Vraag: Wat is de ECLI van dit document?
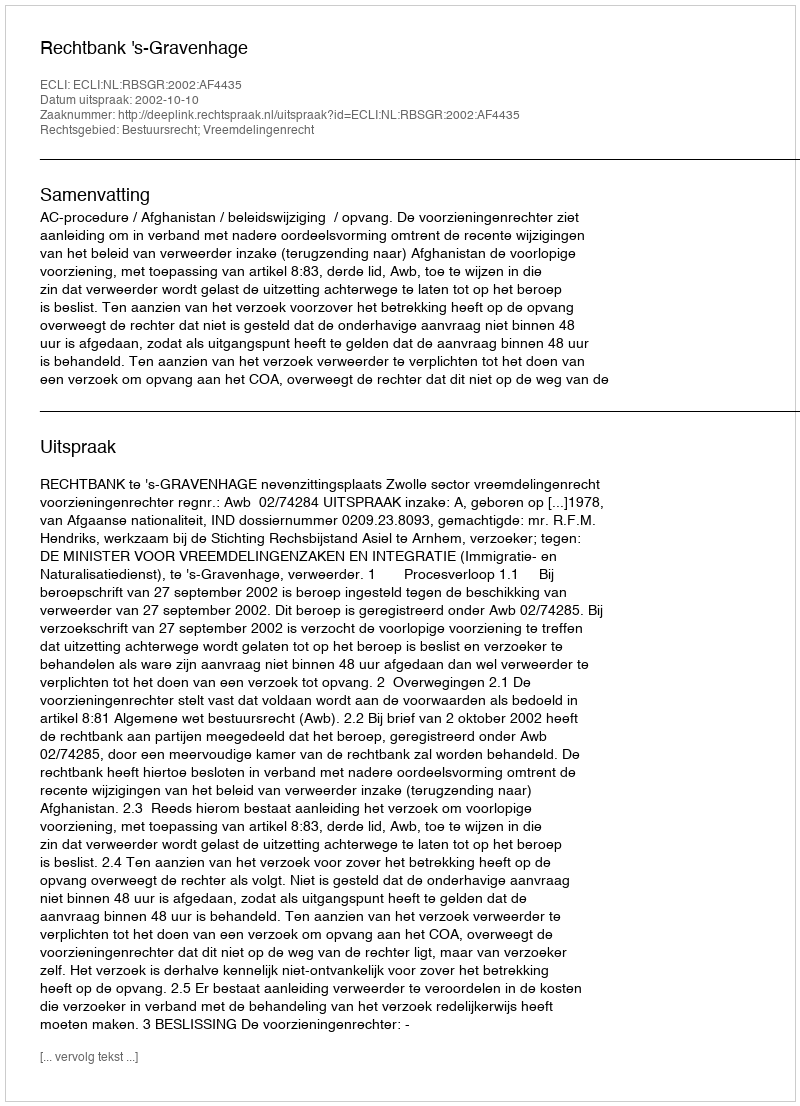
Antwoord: ECLI:NL:RBSGR:2002:AF4435